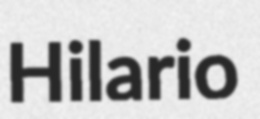
Hilario